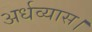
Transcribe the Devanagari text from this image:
अर्धव्यास।